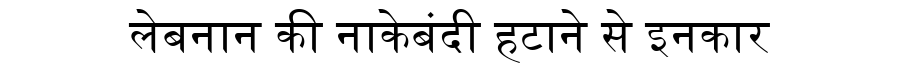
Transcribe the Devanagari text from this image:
लेबनान की नाकेबंदी हटाने से इनकार